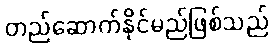
တည်ဆောက်နိုင်မည်ဖြစ်သည်